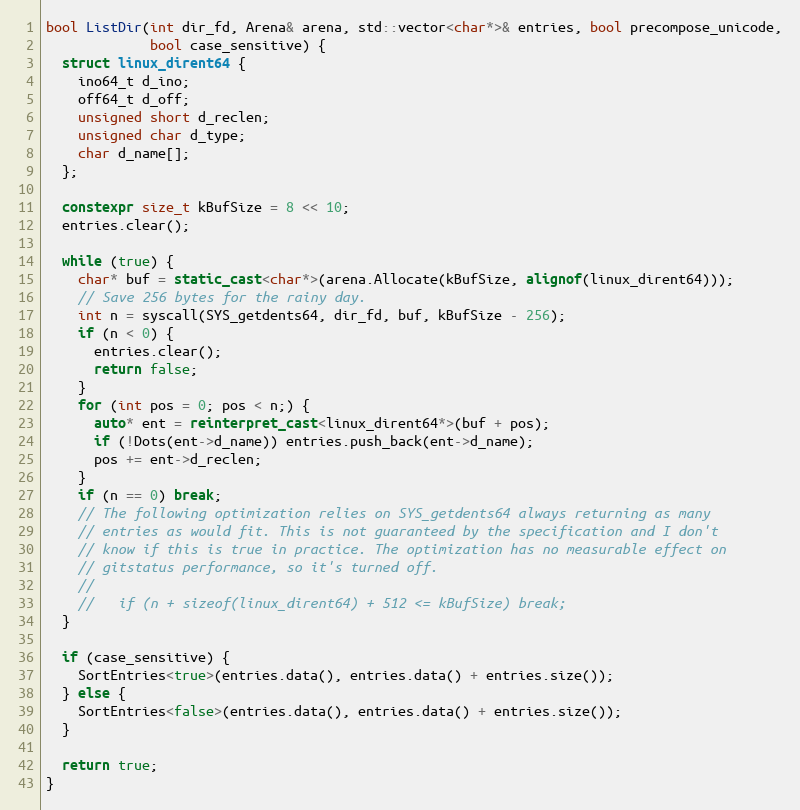
Language: C++
bool ListDir(int dir_fd, Arena& arena, std::vector<char*>& entries, bool precompose_unicode,
             bool case_sensitive) {
  struct linux_dirent64 {
    ino64_t d_ino;
    off64_t d_off;
    unsigned short d_reclen;
    unsigned char d_type;
    char d_name[];
  };

  constexpr size_t kBufSize = 8 << 10;
  entries.clear();

  while (true) {
    char* buf = static_cast<char*>(arena.Allocate(kBufSize, alignof(linux_dirent64)));
    // Save 256 bytes for the rainy day.
    int n = syscall(SYS_getdents64, dir_fd, buf, kBufSize - 256);
    if (n < 0) {
      entries.clear();
      return false;
    }
    for (int pos = 0; pos < n;) {
      auto* ent = reinterpret_cast<linux_dirent64*>(buf + pos);
      if (!Dots(ent->d_name)) entries.push_back(ent->d_name);
      pos += ent->d_reclen;
    }
    if (n == 0) break;
    // The following optimization relies on SYS_getdents64 always returning as many
    // entries as would fit. This is not guaranteed by the specification and I don't
    // know if this is true in practice. The optimization has no measurable effect on
    // gitstatus performance, so it's turned off.
    //
    //   if (n + sizeof(linux_dirent64) + 512 <= kBufSize) break;
  }

  if (case_sensitive) {
    SortEntries<true>(entries.data(), entries.data() + entries.size());
  } else {
    SortEntries<false>(entries.data(), entries.data() + entries.size());
  }

  return true;
}